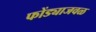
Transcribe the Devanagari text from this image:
फोंड्याजवळ